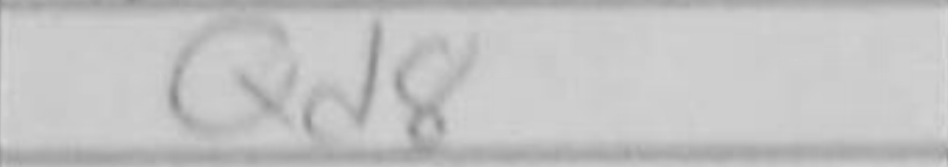
Transcription: Qd8